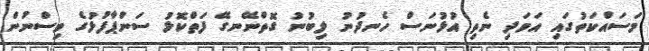
މަސައްކަތުގައި އަވަދި ނެތި އުޅުނަސް ހެނދުނު ލިބުނު ގޮތްނޭނގޭ ފަތްކޮޅު ސަންޕާފުޅުގެ ވިސްނުން